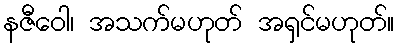
နဇီဝေါ၊ အသက်မဟုတ် အရှင်မဟုတ်။